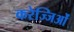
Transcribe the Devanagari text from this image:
करेज्जिओं